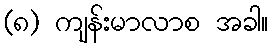
(၈) ကျန်းမာလာစ အခါ။